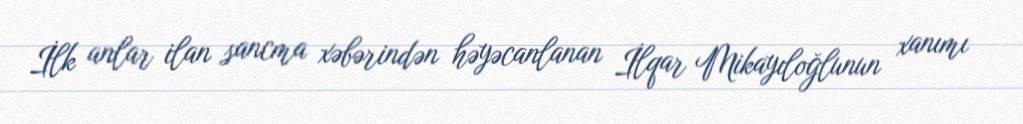
İlk anlar ilan sancma xəbərindən həyəcanlanan İlqar Mikayıloğlunun xanımı